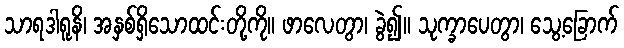
သာရဒါရူနိ၊ အနှစ်ရှိသောထင်းတို့ကို။ ဖာလေတွာ၊ ခွဲ၍။ သုက္ခာပေတွာ၊ သွေ့ခြောက်